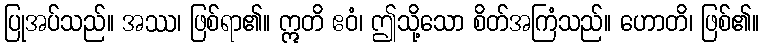
ပြုအပ်သည်။ အဿ၊ ဖြစ်ရာ၏။ ဣတိ ဧဝံ၊ ဤသို့သော စိတ်အကြံသည်။ ဟောတိ၊ ဖြစ်၏။